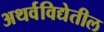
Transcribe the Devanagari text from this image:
अथर्वविद्येतील